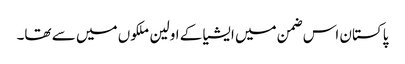
پاکستان اس ضمن میں ایشیا کے اولین ملکوں میں سے تھا۔